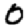
Digit: 0